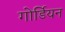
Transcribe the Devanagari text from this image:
गोर्डियन